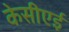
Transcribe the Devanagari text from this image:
केसीएई